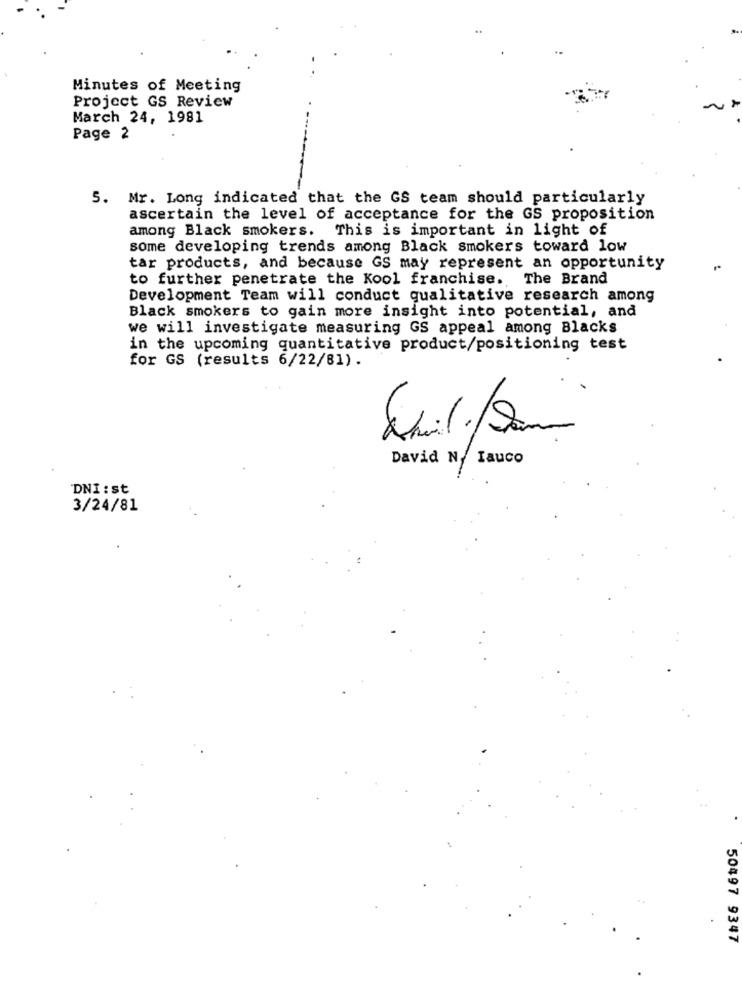
Minutes of Meeting
Project GS Review
March 24, 1981
Page 2
5. Mr. Long indicated that the GS team should particularly
ascertain the level of acceptance for the GS proposition
among Black smokers. This is important in light of
some developing trends among Black smokers toward low
tar products, and because GS may represent an opportunity
to further penetrate the Kool franchise. The Brand
Development Team will conduct qualitative research among
Black smokers to gain more insight into potential, and
we will investigate measuring GS appeal among Blacks
in the upcoming quantitative product/positioning test
for GS (results 6/22/81).
David N. Iauco
DNI :st
3/24/81
50497 9347